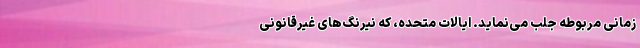
زمانی مربوطه جلب می­‌نماید. ایالات متحده، که نیرنگ­‌های غیرقانونی